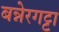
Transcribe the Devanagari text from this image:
बन्नेरगट्टा